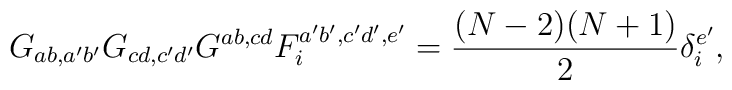
G_{ab,a'b'}G_{cd,c'd'}G^{ab,cd}F_{i}^{a'b',c'd',e'} = \frac{(N-2)(N+1)}{2} \delta_{i}^{e'},